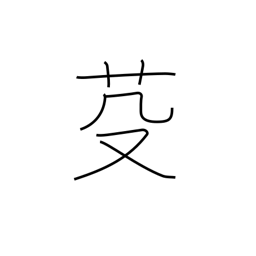
Meaning: mow